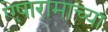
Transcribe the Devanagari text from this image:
ऐषारामाच्या